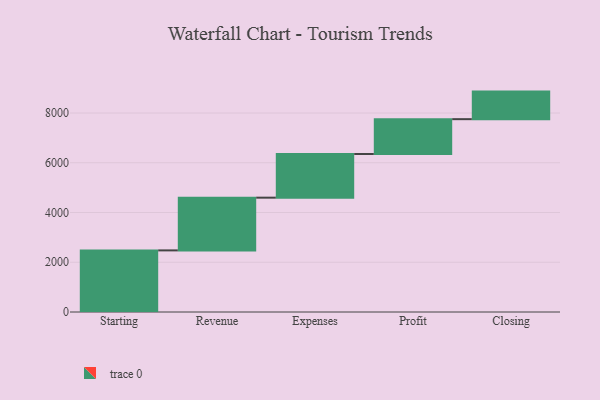
{"axis": {"x": "Step", "y": "Value"}, "legend": [""], "data": [{"x": "Starting", "y": 2477.0, "type": ""}, {"x": "Revenue", "y": 2120.0, "type": ""}, {"x": "Expenses", "y": 1756.0, "type": ""}, {"x": "Profit", "y": 1400.0, "type": ""}, {"x": "Closing", "y": 1108.0, "type": ""}]}